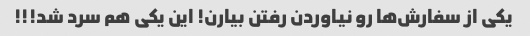
یکی از سفارش‌ها رو نیاوردن رفتن بیارن! این یکی هم سرد شد!!!